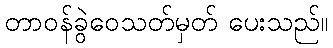
တာဝန်ခွဲဝေသတ်မှတ် ပေးသည်။